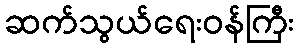
ဆက်သွယ်ရေးဝန်ကြီး